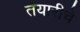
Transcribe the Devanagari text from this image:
तयारीचे